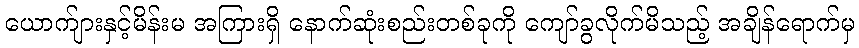
ယောက်ျားနှင့်မိန်းမ အကြားရှိ နောက်ဆုံးစည်းတစ်ခုကို ကျော်ခွလိုက်မိသည့် အချိန်ရောက်မှ